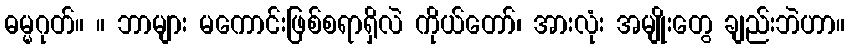
ဓမ္မဂုတ်။ ။ ဘာများ မကောင်းဖြစ်စရာရှိလဲ ကိုယ်တော်၊ အားလုံး အမျိုးတွေ ချည်းဘဲဟာ။